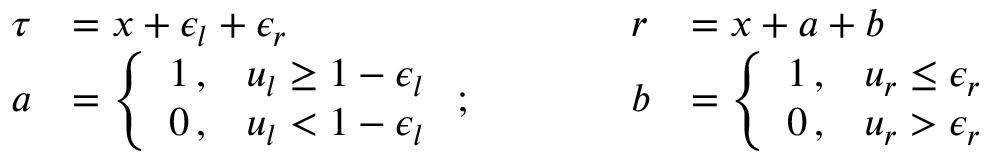
\begin{array} { l l l l } { \tau } & { = x + \epsilon _ { l } + \epsilon _ { r } } & { r } & { = x + a + b } \\ { a } & { = \left\{ \begin{array} { l l } { 1 \, , } & { u _ { l } \geq 1 - \epsilon _ { l } } \\ { 0 \, , } & { u _ { l } < 1 - \epsilon _ { l } } \end{array} \right. ; \quad \quad \quad } & { b } & { = \left\{ \begin{array} { l l } { 1 \, , } & { u _ { r } \leq \epsilon _ { r } } \\ { 0 \, , } & { u _ { r } > \epsilon _ { r } } \end{array} \right. } \end{array}